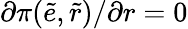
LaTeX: \partial\pi(\tilde{e},\tilde{r})/\partial r=0